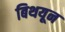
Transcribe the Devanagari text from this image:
बिथयून